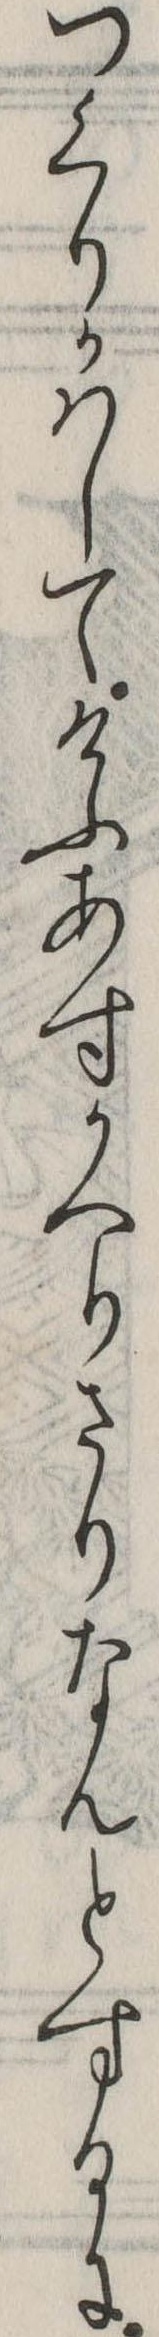
つくりかはしてけふあすかへりさりなんとするに